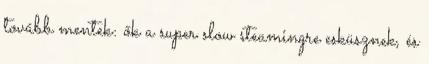
tovább mentek: ők a super slow steamingre esküsznek, és